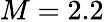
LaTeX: M=2.2